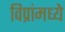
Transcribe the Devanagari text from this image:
विप्रांमध्ये